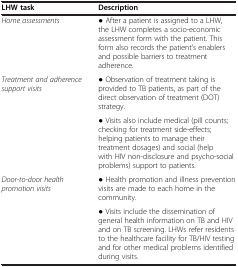
<table><thead><tr><td><b>LHW task</b></td><td><b>Description</b></td></tr></thead><tbody><tr><td><i>Home assessments</i></td><td>● After a patient is assigned to a LHW, the LHW completes a socio-economic assessment form with the patient. This form also records the patient’s enablers and possible barriers to treatment adherence.</td></tr><tr><td rowspan="2"><i>Treatment and adherence support visits</i></td><td>● Observation of treatment taking is provided to TB patients, as part of the direct observation of treatment (DOT) strategy.</td></tr><tr><td>● Visits also include medical (pill counts; checking for treatment side-effects; helping patients to manage their treatment dosages) and social (help with HIV non-disclosure and psycho-social problems) support to patients.</td></tr><tr><td rowspan="2"><i>Door-to-door health promotion visits</i></td><td>● Health promotion and illness prevention visits are made to each home in the community.</td></tr><tr><td>● Visits include the dissemination of general health information on TB and HIV and on TB screening. LHWs refer residents to the healthcare facility for TB/HIV testing and for other medical problems identified during visits.</td></tr></tbody></table>